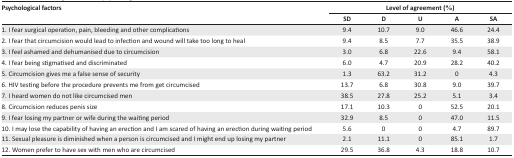
| <ROWSPAN=3> Psychological factors | <COLSPAN=5> Level of agreement (%) |
 | SD | D | U | A | SA |
 | --- | --- | --- | --- | --- | --- |
 | 1. I fear surgical operation, pain, bleeding and other complications | 9.4 | 10.7 | 9.0 | 46.6 | 24.4 |
 | 2. I fear that circumcision would lead to infection and wound will take too long to heal | 9.4 | 8.5 | 7.7 | 35.5 | 38.9 |
 | 3. I feel ashamed and dehumanised due to circumcision | 3.0 | 6.8 | 22.6 | 9.4 | 58.1 |
 | 4. I fear being stigmatised and discriminated | 6.0 | 4.7 | 20.9 | 28.2 | 40.2 |
 | 5. Circumcision gives me a false sense of security | 1.3 | 63.2 | 31.2 | 0 | 4.3 |
 | 6. HIV testing before the procedure prevents me from get circumcised | 13.7 | 6.8 | 30.8 | 9.0 | 39.7 |
 | 7. I heard women do not like circumcised men | 38.5 | 27.8 | 25.2 | 5.1 | 3.4 |
 | 8. Circumcision reduces penis size | 17.1 | 10.3 | 0 | 52.5 | 20.1 |
 | 9. I fear losing my partner or wife during the waiting period | 32.9 | 8.5 | 0 | 47.0 | 11.5 |
 | 10. I may lose the capability of having an erection and I am scared of having an erection during waiting period | 5.6 | 0 | 0 | 4.7 | 89.7 |
 | 11. Sexual pleasure is diminished when a person is circumcised and I might end up losing my partner | 2.1 | 11.1 | 0 | 85.1 | 1.7 |
 | 12. Women prefer to have sex with men who are circumcised | 29.5 | 36.8 | 4.3 | 18.8 | 10.7 |